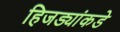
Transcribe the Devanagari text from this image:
हिजड्यांकडे